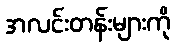
အလင်းတန်းများကို